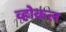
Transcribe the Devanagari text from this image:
व्होकल